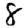
Digit: 8